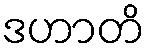
ဒဟာတိ